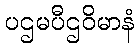
ပဌမပီဌဝိမာနံ